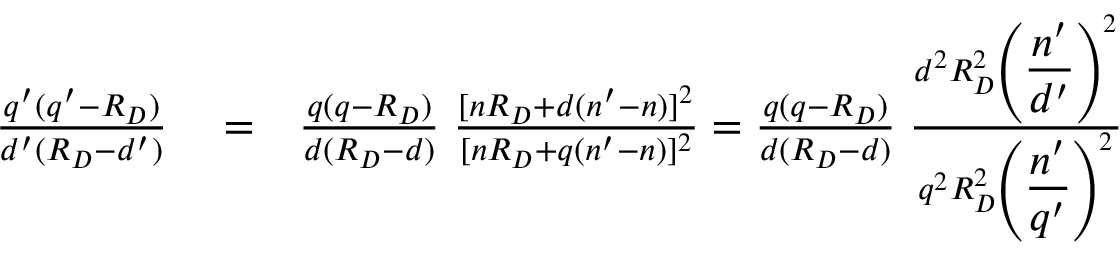
\begin{array} { r l r } { { \frac { q ^ { \prime } ( q ^ { \prime } - R _ { D } ) } { d ^ { \prime } ( R _ { D } - d ^ { \prime } ) } } } & { { } = } & { { \frac { q ( q - R _ { D } ) } { d ( R _ { D } - d ) } } \; { \frac { [ n R _ { D } + d ( n ^ { \prime } - n ) ] ^ { 2 } } { [ n R _ { D } + q ( n ^ { \prime } - n ) ] ^ { 2 } } } = { \frac { q ( q - R _ { D } ) } { d ( R _ { D } - d ) } } \; { \frac { d ^ { 2 } R _ { D } ^ { 2 } \left( \displaystyle { \frac { n ^ { \prime } } { d ^ { \prime } } } \right) ^ { 2 } } { q ^ { 2 } R _ { D } ^ { 2 } \left( \displaystyle { \frac { n ^ { \prime } } { q ^ { \prime } } } \right) ^ { 2 } } } } \end{array}